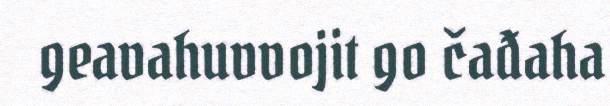
geavahuvvojit go čađaha